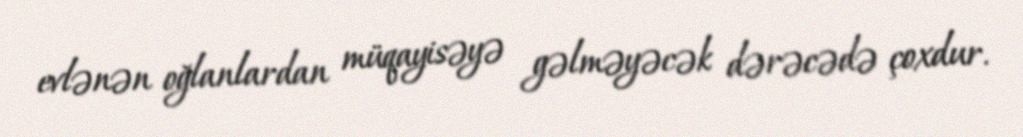
evlənən oğlanlardan müqayisəyə gəlməyəcək dərəcədə çoxdur.